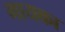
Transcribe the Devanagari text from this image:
गायका